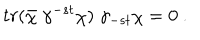
t r ( \bar { \chi } \; \gamma ^ { - s t } \chi ) \; \gamma _ { - s t } \chi = 0 \ .